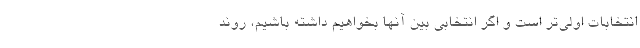
انتخابات اولي‌تر است و اگر انتخابي بين آنها بخواهيم داشته باشيم، روند